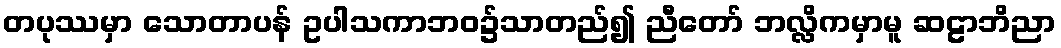
တပုဿမှာ သောတာပန် ဥပါသကာဘဝ၌သာတည်၍ ညီတော် ဘလ္လိကမှာမူ ဆဠာဘိညာ